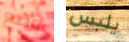
وضع يلبس